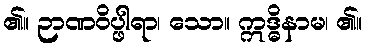
၏။ ဉာဏဝိပ္ဖါရာ၊ သော။ ဣဒ္ဓိနာမ၊ ၏။